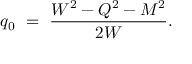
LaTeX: q _ { 0 } \ = \ { \frac { W ^ { 2 } - Q ^ { 2 } - M ^ { 2 } } { 2 W } } .